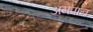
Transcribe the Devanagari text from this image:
अमपान